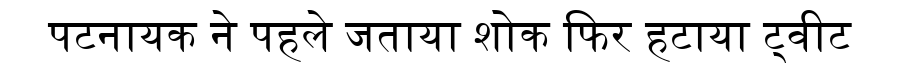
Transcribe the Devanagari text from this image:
पटनायक ने पहले जताया शोक फिर हटाया ट्वीट